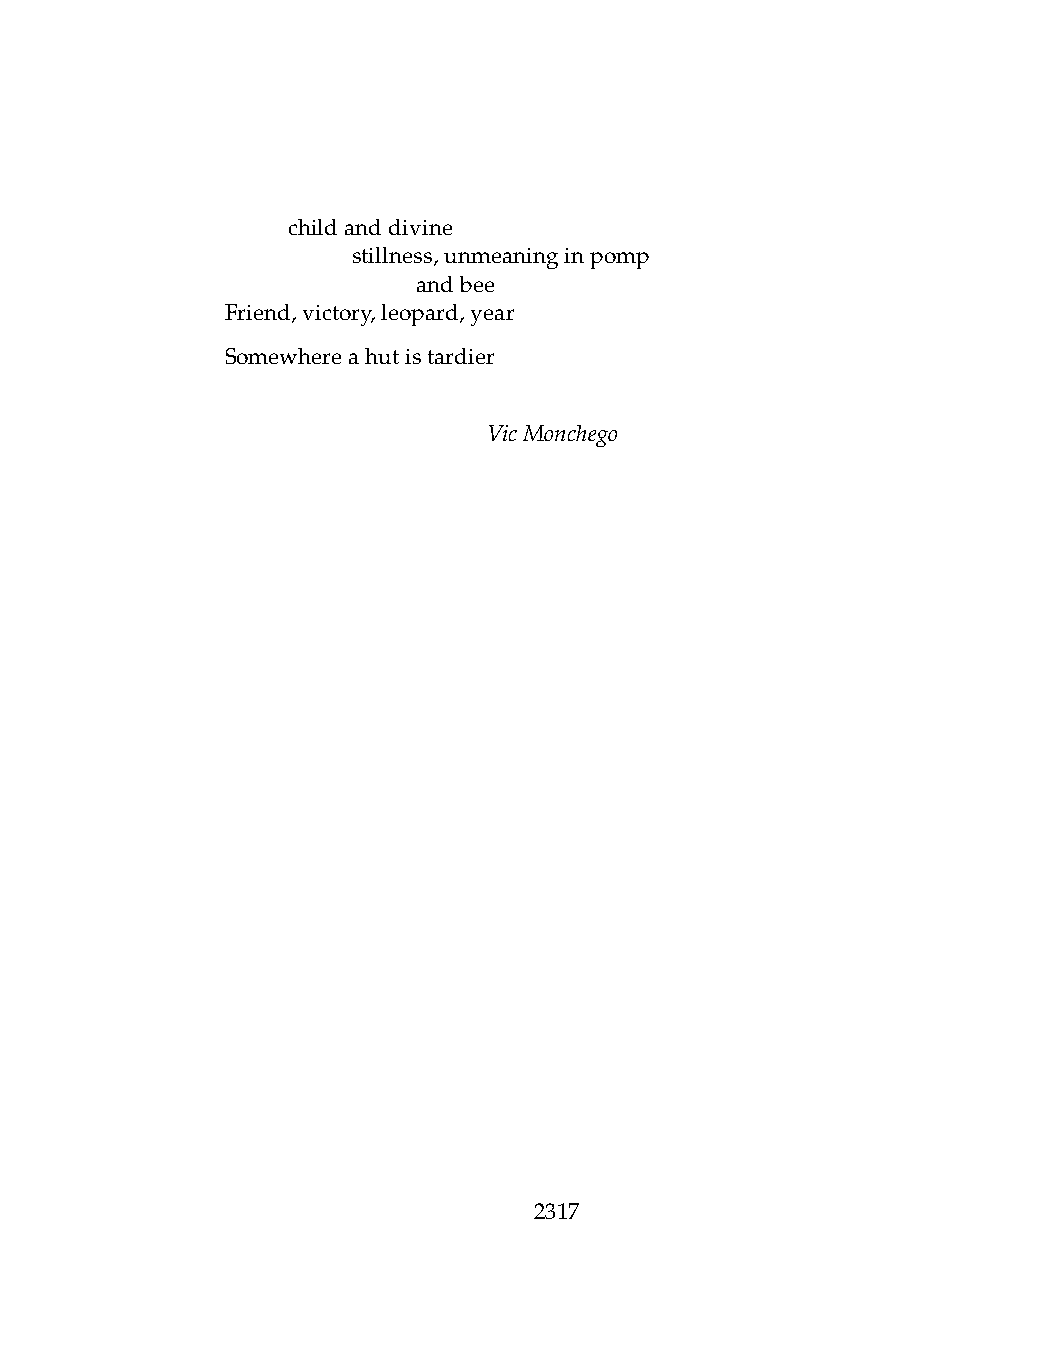
.   childanddivine
 .   .   stillness,unmeaninginpomp
 .   .   .    andbee
 Friend,victory,leopard,year
 Somewhereahutistardier
 VicMonchego
 2317